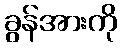
ခွန်အားကို